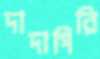
দাদাগিরি